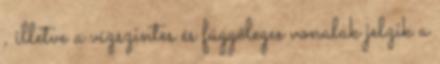
, illetve a vízszintes és függőleges vonalak jelzik a